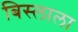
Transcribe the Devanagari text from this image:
बिस्लाला